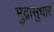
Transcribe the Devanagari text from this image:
मुद्रासुधार